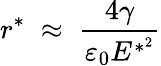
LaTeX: r^{*}\; \approx\; \frac{4\gamma}{\varepsilon_{0}E^{*^{2}}}